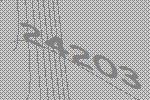
24203